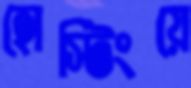
হোস্টিংয়ে